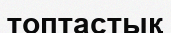
топтастық